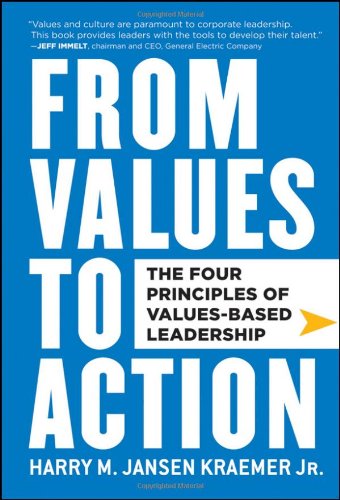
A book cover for From Values to Action: The Four Principles of Values-Based Leadership; Harry M. Kraemer; Business & Money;